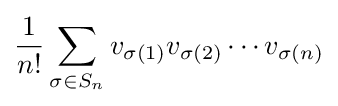
{\frac {1}{n!}}\sum _{\sigma \in S_{n}}v_{\sigma (1)}v_{\sigma (2)}\cdots v_{\sigma (n)}